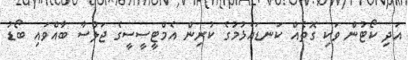
އަދި ކޯޓުން ވަކި ގޮތެއް ކަނޑައެޅުމުގެ ކުރިން އެމްޓީސީސީގެ ޖަލްސާ ބާއްވައި ބޯޑު